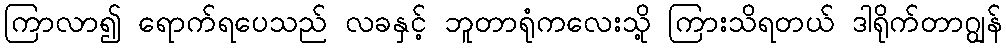
ကြာလာ၍ ရောက်ရပေသည် လခနှင့် ဘူတာရုံကလေးသို့ ကြားသိရတယ် ဒါရိုက်တာဂျွန်